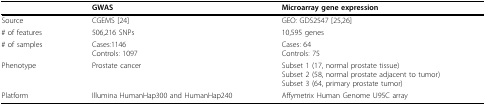
|  | GWAS | Microarray gene expression |
 | --- | --- | --- |
 | Source | CGEMS [24] | GEO: GDS2547 [25,26] |
 | # of features | 506,216 SNPs | 10,595 genes |
 | # of samples | Cases:1146Controls: 1097 | Cases: 64Controls: 75 |
 | Phenotype | Prostate cancer | Subset 1 (17, normal prostate tissue)Subset 2 (58, normal prostate adjacent to tumor)Subset 3 (64, primary prostate tumor) |
 | Platform | Illumina HumanHap300 and HumanHap240 | Affymetrix Human Genome U95C array |